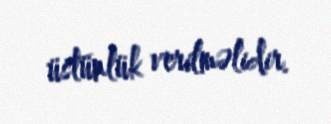
üstünlük verilməlidir.